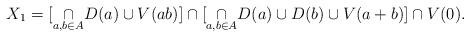
LaTeX: \begin{align*}X_1=[\underset{a,b\in A}\cap D(a)\cup V(ab)] \cap [\underset{a,b\in A}\cap D(a) \cup D(b) \cup V(a+b)] \cap V(0). \end{align*}